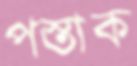
পস্তাক